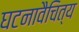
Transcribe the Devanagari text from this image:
घटनावैचित्य